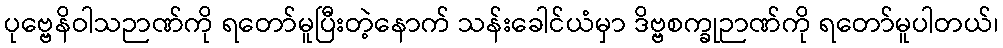
ပုဗ္ဗေနိဝါသဉာဏ်ကို ရတော်မူပြီးတဲ့နောက် သန်းခေါင်ယံမှာ ဒိဗ္ဗစက္ခုဉာဏ်ကို ရတော်မူပါတယ်၊